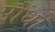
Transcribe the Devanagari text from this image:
पौंधो